Sketch of the medical history of the native army of Bombay, for the year
Year: 1876
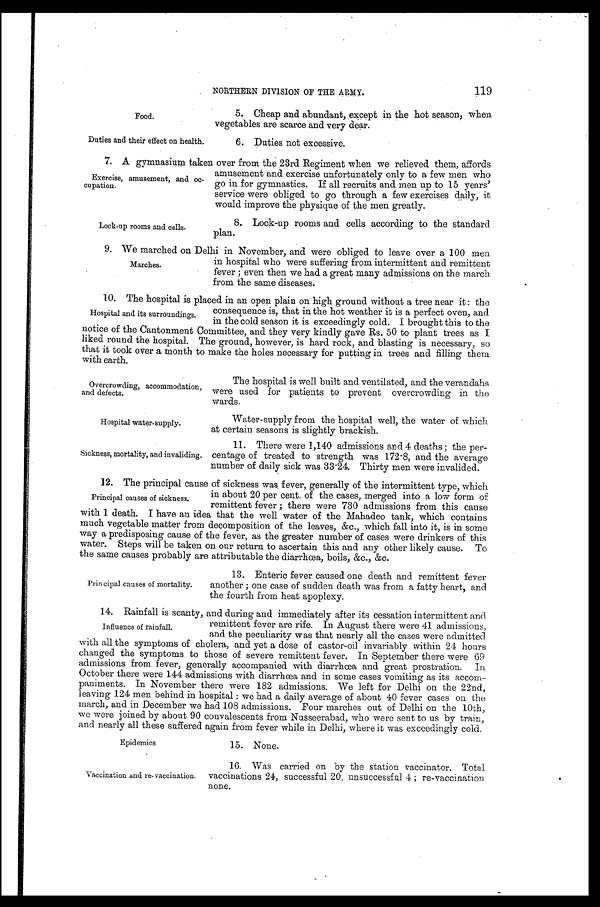
Overcrowding, accommodation,
and defects.
Hospital water-supply.
Sickness, mortality, and invaliding.
Epidemics.
15. None.
Food.
NORTHERN DIVISION OF THE ARMY.
5. Cheap and abundant, except in the hot season, when
vegetables are scarce and very dear.
Duties and their effect on health.
6. Duties not excessive.
7. A gymnasium taken over from the 23rd Regiment when we relieved them, affords
amusement and exercise unfortunately only to a few men who
go in for gymnastics. If all recruits and men up to 15 years'
service were obliged to go through a few exercises daily, it
would improve the physique of the men greatly.
Exercise, amusement, and oc
-cupation .
8. Lock-up rooms and cells according to the standard
plan.
Lock-up rooms and cells.
9 . W e m a r c h e d o n D e l h i i n N o v e m b e r , a n d w e r e o b l i g e d t o l e a v e o v e r a 1 0 0 m e n
in hospital who were suffering from intermittent and remittent
fever; even then we had a great many admissions on the march
from the same diseases.
10. The hospital is placed in an open plain on high ground without a tree near it: the
consequence is, that in the hot weather it is a perfect oven, and
in the cold season it is exceedingly cold. I brought this to the
notice of the Cantonment Committee, and they very kindly gave Rs. 50 to plant trees as I
liked round the hospital. The ground, however, is hard rock, and blasting is necessary, so
that it took over a month to make the holes necessary for putting in trees and filling them
with earth.
Marches.
Hospital and its surroundings.
The hospital is well built and ventilated, and the verandahs
were used for patients to prevent overcrowding in the
wards.
Water-supply from the hospital well, the water of which
at certain seasons is slightly brackish.
11. There were 1,140 admissions and 4 deaths; the per
-centage of treated to strength was 172.8, and the average
number of daily sick was 33.24. Thirty men were invalided.
12. The principal cause of sickness was fever, generally of the intermittent type, which
in about 20 per cent. of the cases, merged into a low form of
remittent fever; there were 730 admissions from this cause
with 1 death. I have an idea that the well water of the Mahadeo tank, which contains
much vegetable matter from decomposition of the leaves, &c., which fall into it, is in some
way a predisposing cause of the fever, as the greater number of cases were drinkers of this
water. Steps will be taken on our return to ascertain this and any other likely cause. To
the same causes probably are attributable the diarrhœa, boils, &c., &c.
Principal causes of sickness.
Principal causes of mortality.
13. Enteric fever caused one death and remittent fever
another; one case of sudden death was from a fatty heart, and
the fourth from heat apoplexy.
14. Rainfall is scanty, and during and immediately after its cessation intermittent and
remittent fever are rife. In August there were 41 admissions,
and the peculiarity was that nearly all the cases were admitted
with all the symptoms of cholera, and yet a dose of castor-oil invariably within 24 hours
changed the symptoms to those of severe remittent fever. In September there were 69
admissions from fever, generally accompanied with diarrhœa and great prostration. In
October there were 144 admissions with diarrhœa and in some cases vomiting as its accom
-
paniments. In November there were 182 admissions. We left for Delhi on the 22nd,
leaving 124 men behind in hospital: we had a daily average of about 40 fever cases on the
march, and in December we had 108 admissions. Four marches out of Delhi on the 10th,
we were joined by about 90 convalescents from Nusseerabad, who were sent to us by train,
and nearly all these suffered again from fever while in Delhi, where it was exceedingly cold.
Influence of rainfall.
Vaccination and re-vaccination.
16. Was carried on by the station vaccinator, Total
vaccinations 24, successful 20, unsuccessful 4 ; re-vaccination
none.